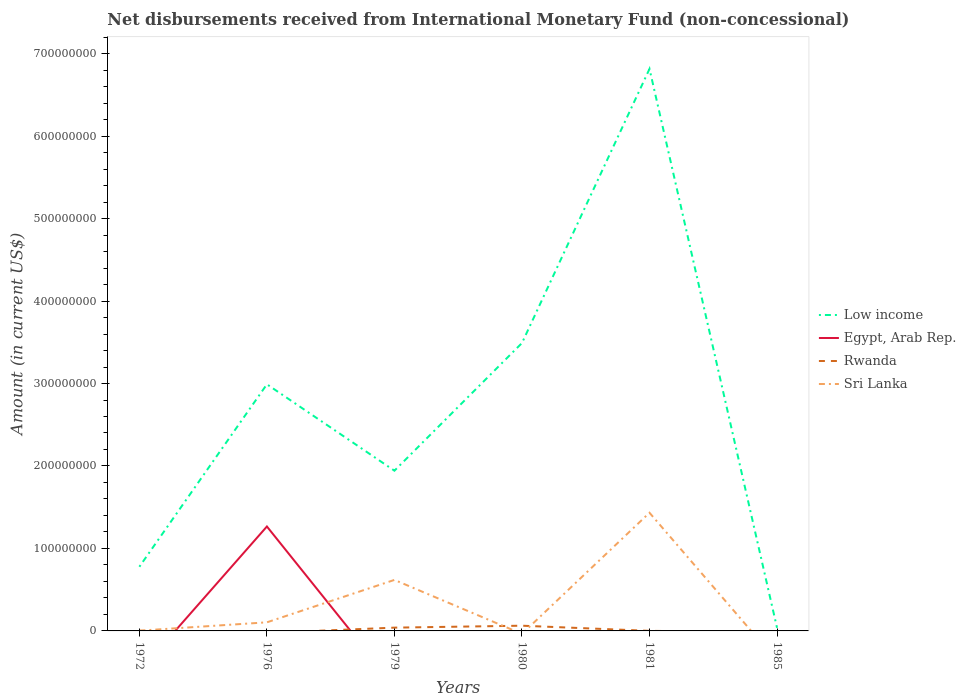
| Years | Low income | Egypt, Arab Rep. | Rwanda | Sri Lanka |
 | --- | --- | --- | --- | --- |
 | 1972 | 7.78e+07 | -4.93e+07 | 7.6e+04 | 3.15e+05 |
 | 1976 | 2.99e+08 | 1.27e+08 | -2.39e+06 | 1.04e+07 |
 | 1979 | 1.94e+08 | -6.62e+07 | 3.98e+06 | 6.18e+07 |
 | 1980 | 3.49e+08 | -1.03e+08 | 6.33e+06 | -3.6e+06 |
 | 1981 | 6.81e+08 | -9.19e+07 | 8.5e+04 | 1.43e+08 |
 | 1985 | 3.79e+06 | -1.2e+07 | -1.57e+06 | -3.64e+07 |